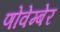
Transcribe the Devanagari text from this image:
णोवेम्बेर